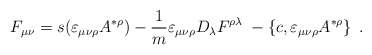
\begin{align*}F_{\mu \nu }=s(\varepsilon _{\mu \nu \rho }A^{*\rho })-\frac 1m\varepsilon_{\mu \nu \rho }D_\lambda F^{\rho \lambda }\;-\left\{ c,\varepsilon _{\mu\nu \rho }A^{*\rho }\right\} \;. \end{align*}